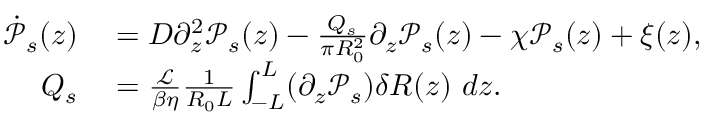
\begin{array} { r l } { \dot { \mathcal { P } } _ { s } ( z ) } & { { } = D \partial _ { z } ^ { 2 } \mathcal { P } _ { s } ( z ) - \frac { Q _ { s } } { \pi R _ { 0 } ^ { 2 } } \partial _ { z } \mathcal { P } _ { s } ( z ) - \chi \mathcal { P } _ { s } ( z ) + \xi ( z ) , } \\ { Q _ { s } } & { { } = \frac { \mathcal { L } } { \beta \eta } \frac { 1 } { R _ { 0 } L } \int _ { - L } ^ { L } ( \partial _ { z } \mathcal { P } _ { s } ) \delta R ( z ) \ d z . } \end{array}